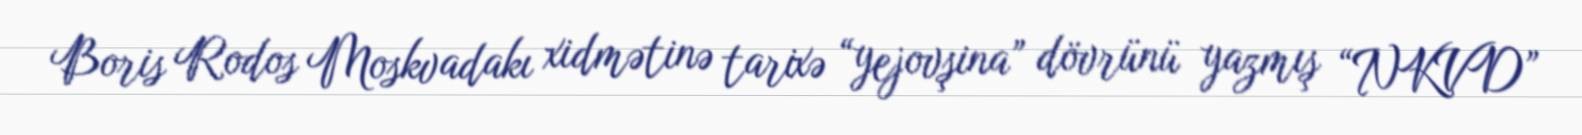
Boris Rodos Moskvadakı xidmətinə tarixə “yejovşina” dövrünü yazmış “NKVD”